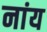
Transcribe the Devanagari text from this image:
नांय